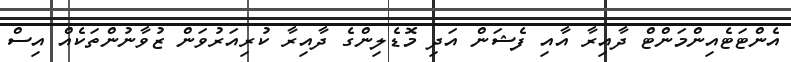
އެންޓަޓެއިންމަންޓް ދާއިރާ އާއި ފެޝަން އަދި މޮޑެލިންގެ ދާއިރާ ކުރިއަރުވަން ޒުވާނުންތަކެއް އިސް